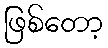
ဖြစ်တော့